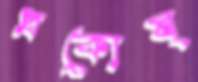
প্রকোষ্